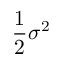
{ \frac { 1 } { 2 } } \sigma ^ { 2 }